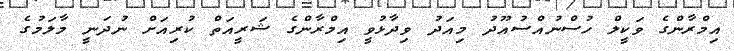
އިމްރާންގެ ވަކީލް ހުސްނުއްސުއޫދު މިއަދު ވިދާޅުވީ އިމްރާންގެ ޝަރީއަތް ކުރިއަށް ނުދަނީ މާލަމުގެ